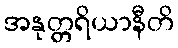
အနုတ္တရိယာနီတိ